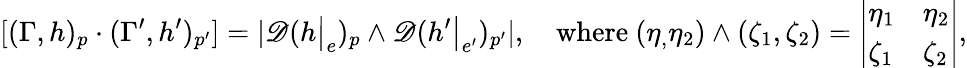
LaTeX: [(\Gamma,h)_{p}\cdot(\Gamma^{\prime},h^{\prime})_{p^{\prime}}]=|\mathscr{D}(h\big|_{e})_{p}\wedge\mathscr{D}(h^{\prime}\big|_{e^{\prime}})_{p^{\prime}}|,\quad\mathrm{{where}}\ (\eta_{,}\eta_{2})\wedge(\zeta_{1},\zeta_{2})=\left|\begin{array}{ll}{\eta_{1}}&{\eta_{2}}\\ {\zeta_{1}}&{\zeta_{2}}\end{array}\right|,